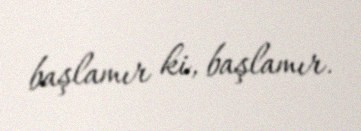
başlamır ki, başlamır.